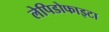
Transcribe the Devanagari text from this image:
लेपिडोफाइटा